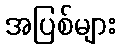
အပြစ်များ